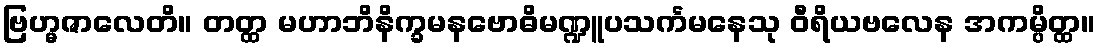
ဗြဟ္မဇာလေတိ။ တတ္ထ မဟာဘိနိက္ခမနဗောဓိမဏ္ဍူပသင်္ကမနေသု ဝီရိယဗလေန အကမ္ပိတ္ထ။